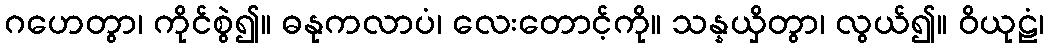
ဂဟေတွာ၊ ကိုင်စွဲ၍။ ဓနုကလာပံ၊ လေးတောင့်ကို။ သန္နယှိတွာ၊ လွယ်၍။ ဝိယုဠံ၊